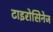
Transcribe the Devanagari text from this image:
टाइरोसिनेज